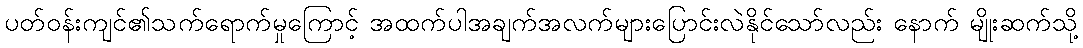
ပတ်ဝန်းကျင်၏သက်ရောက်မှုကြောင့် အထက်ပါအချက်အလက်များပြောင်းလဲနိုင်သော်လည်း နောက် မျိုးဆက်သို့